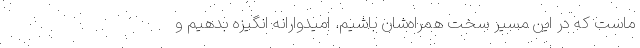
ماست که در این مسیر سخت همراه‌شان باشیم. امیدوارانه انگیزه بدهیم و